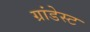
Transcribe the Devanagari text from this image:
ग्रांडेस्ट